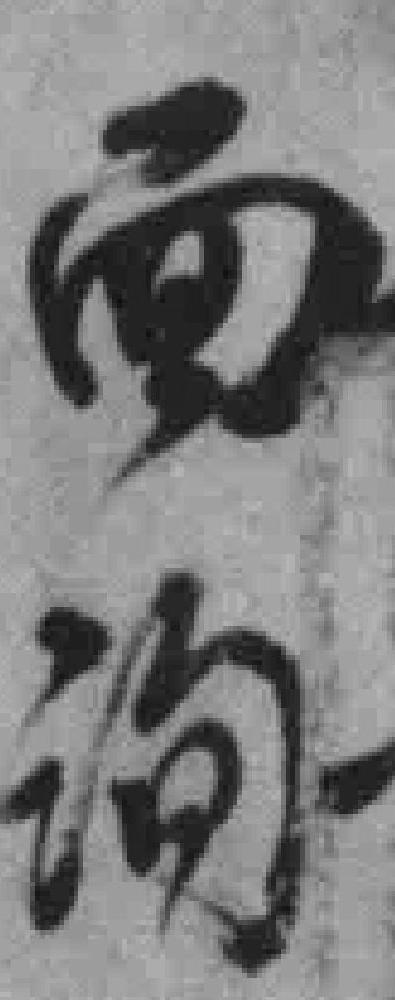
面询